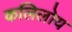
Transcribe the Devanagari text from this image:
कलिलोय